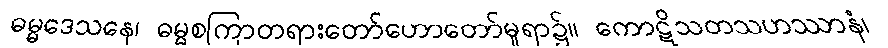
ဓမ္မဒေသနေ၊ ဓမ္မစကြာတရားတော်ဟောတော်မူရာ၌။ ကောဋိသတသဟဿာနံ၊